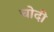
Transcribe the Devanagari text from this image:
चोदी